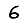
Digit: 6